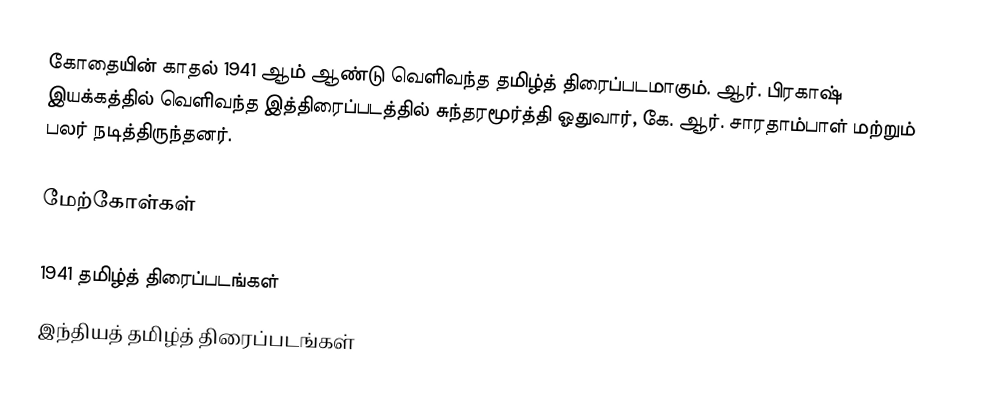
கோதையின் காதல் 1941 ஆம் ஆண்டு வெளிவந்த தமிழ்த் திரைப்படமாகும். ஆர். பிரகாஷ் இயக்கத்தில் வெளிவந்த இத்திரைப்படத்தில் சுந்தரமூர்த்தி ஓதுவார், கே. ஆர். சாரதாம்பாள் மற்றும் பலர் நடித்திருந்தனர்.

மேற்கோள்கள்

1941 தமிழ்த் திரைப்படங்கள்
இந்தியத் தமிழ்த் திரைப்படங்கள்